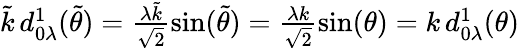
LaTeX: \begin{array}{r}{\tilde{k}\, d_{0\lambda}^{1}(\tilde{\theta})=\frac{\lambda\tilde{k}}{\sqrt{2}}\sin(\tilde{\theta})=\frac{\lambda k}{\sqrt{2}}\sin(\theta)=k\, d_{0\lambda}^{1}(\theta)}\end{array}